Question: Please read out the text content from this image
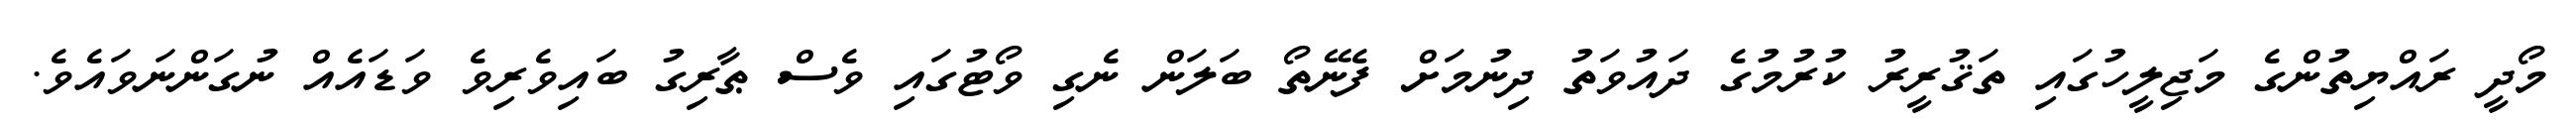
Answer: މޯދީ ރައްޔިތުންގެ މަޖިލީހުގައި ތަޤުރީރު ކުރުމުގެ ދައުވަތު ދިނުމަށް ފެނޭތޯ ބަލަން ނެގި ވޯޓުގައި ވެސް ޠާރިގު ބައިވެރިވެ ވަޑައެއް ނުގަންނަވައެވެ.